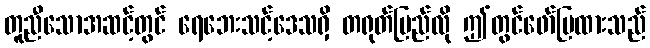
တူညီသောအဆင့်တွင် ရေဘေးသင့်ဒေသရှိ တရုတ်ပြည်လို ဤတွင်ဖော်ပြထားသည်